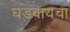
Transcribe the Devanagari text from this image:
घडवायचा